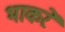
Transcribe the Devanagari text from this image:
भाकरे